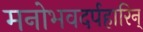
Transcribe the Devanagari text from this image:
मनोभवदर्पहारिन्